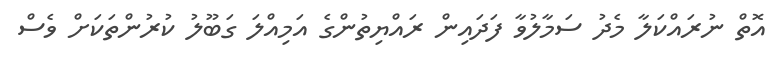
އޮތް ނުރައްކަލާ މެދު ސަމާލުވާ ފަދައިން ރައްޔިތުންގެ އަމިއްލަ ގަބޫލު ކުރުންތަކަށް ވެސް